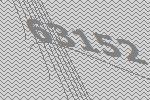
63152